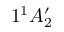
1 ^ { 1 } A _ { 2 } ^ { \prime }